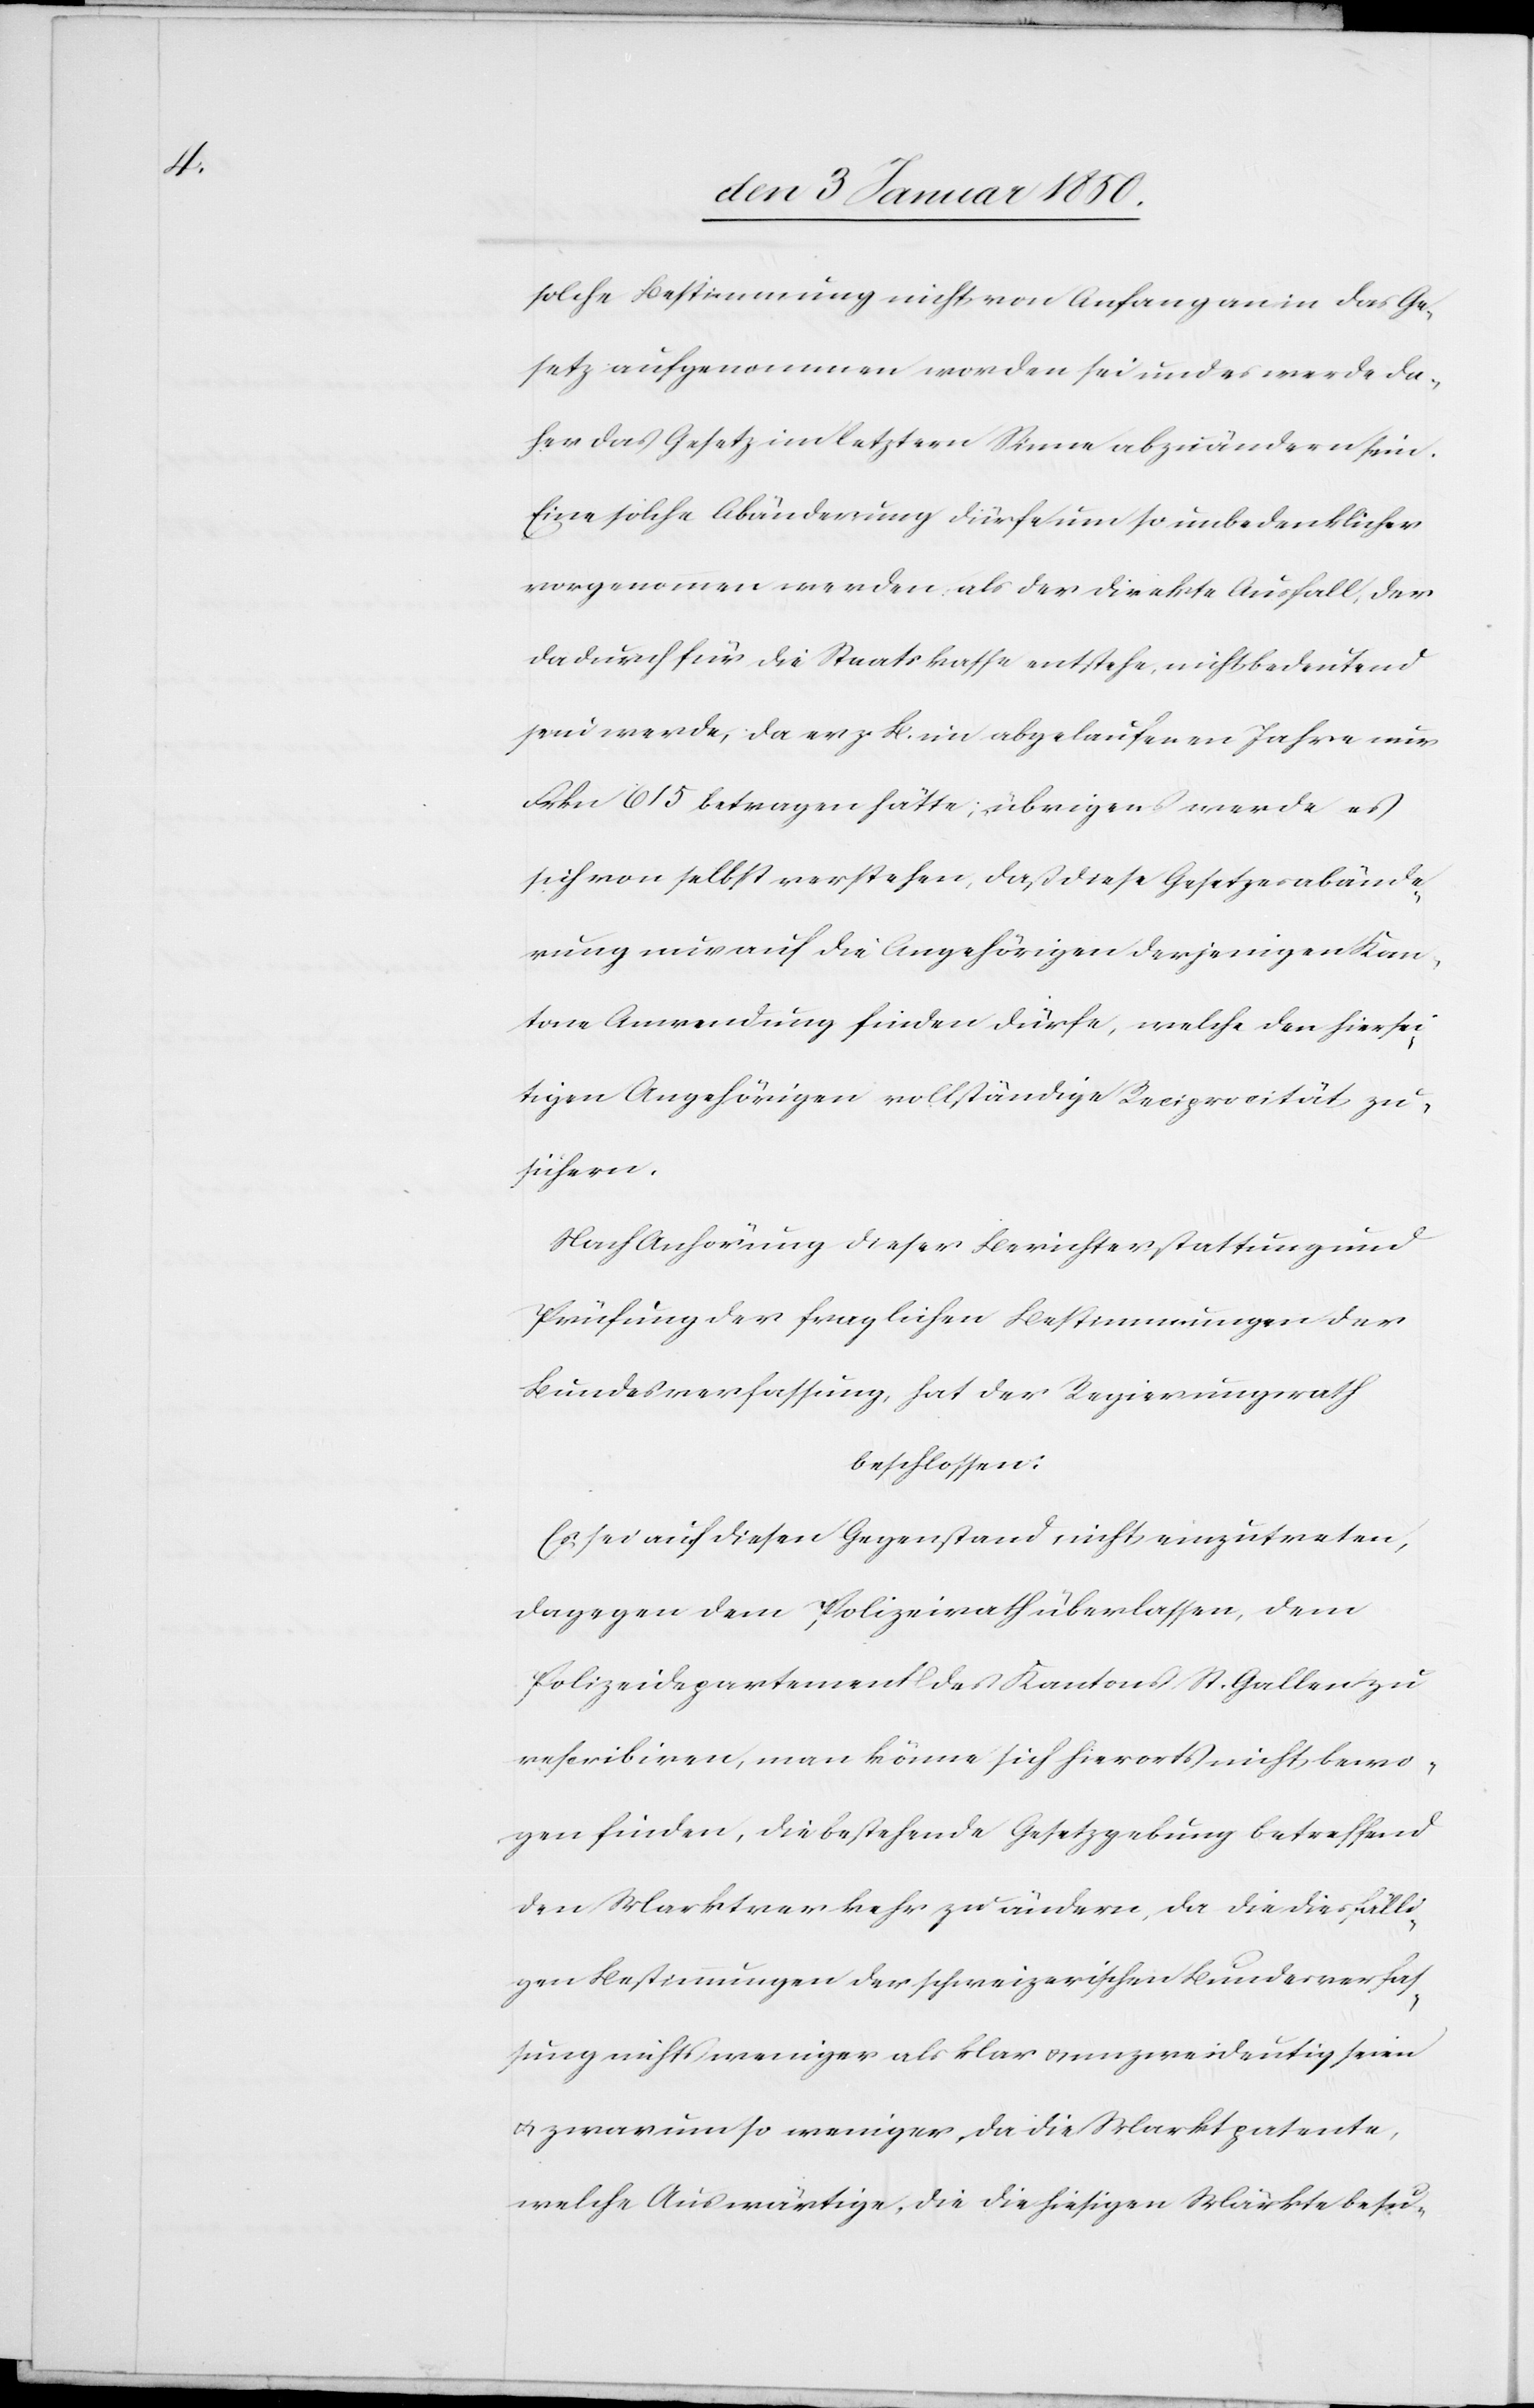
solche Bestimmung nicht von Anfang an in das Ge¬
setz aufgenommen worden sei und es werde da¬
her das Gesetz im letztern Sinne abzuändern sein.
Eine solche Abänderung dürfe um so unbedenklicher
vorgenommen werden, als der direkte Ausfall, der
dadurch für die Staatskasse entstehe, nicht bedeutend
sein werde, da er z. B. im abgelaufenen Jahre nur
Frkn 615 betragen hätte; übrigens werde es
sich von selbst verstehen, daß diese Gesetzesabände¬
rung nur auf die Angehörigen derjenigen Kan¬
tone Anwendung finden dürfe, welche den hiersei¬
tigen Angehörigen vollständige Reciprocität zu¬
sichern.
Nach Anhörung dieser Berichterstattung und
Prüfung der fraglichen Bestimmungen der
Bundesverfassung, hat der Regierungsrath
beschlossen:
Es sei auf diesen Gegenstand nicht einzutreten,
dagegen dem Polizeirath überlassen, dem
Polizeidepartement des Kantons St. Gallen zu
rescribiren, man könne sich hierorts nicht bewo¬
gen finden, die bestehende Gesetzgebung betreffend
den Marktverkehr zu ändern, da die diesfälli¬
gen Bestimmungen der schweizerischen Bundesverfas¬
sung nichts weniger als klar u. unzweideutig seien
u. zwar um so weniger, da die Marktpatente,
welche Auswärtige, die die hiesigen Märkte besu-